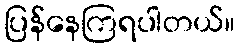
ပြန်နေကြရပါတယ်။